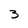
Character: 3